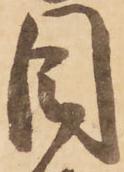
目